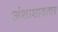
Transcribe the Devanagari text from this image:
अंशाशावतार